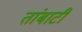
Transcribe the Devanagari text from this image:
तांबाटी